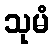
သုမံ